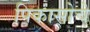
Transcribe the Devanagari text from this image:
पिकासोचे